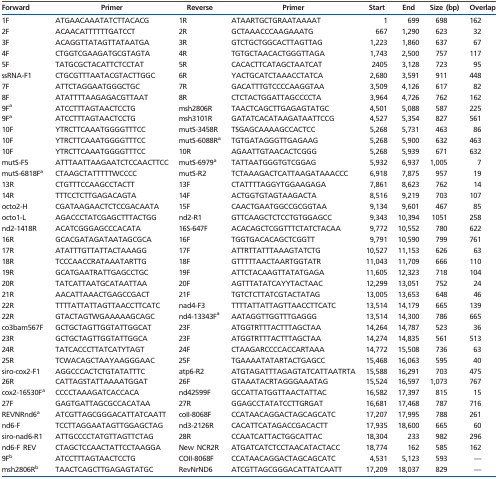
<table><thead><tr><td><b>Forward</b></td><td><b>Primer</b></td><td><b>Reverse</b></td><td><b>Primer</b></td><td><b>Start</b></td><td><b>End</b></td><td><b>Size (bp)</b></td><td><b>Overlap</b></td></tr></thead><tbody><tr><td>1F</td><td>ATGAACAAATATCTTACACG</td><td>1R</td><td>ATAARTGCTGRAATAAAAT</td><td>1</td><td>699</td><td>698</td><td>162</td></tr><tr><td>2F</td><td>ACAACATTTTTTGATCCT</td><td>2R</td><td>GCTAAACCCAAGAAATG</td><td>667</td><td>1,290</td><td>623</td><td>32</td></tr><tr><td>3F</td><td>ACAGGTTATAGTTATAATGA</td><td>3R</td><td>GTCTGCTGGCACTTAGTTAG</td><td>1,223</td><td>1,860</td><td>637</td><td>67</td></tr><tr><td>4F</td><td>CTGGTCGAAGATGCGTAGTA</td><td>4R</td><td>TGTGCTAACACTGGGTTAGA</td><td>1,743</td><td>2,500</td><td>757</td><td>117</td></tr><tr><td>5F</td><td>TATGCGCTACATTCTCCTAT</td><td>5R</td><td>CACACTTCATAGCTAATCAT</td><td>2405</td><td>3,128</td><td>723</td><td>95</td></tr><tr><td>ssRNA-F1</td><td>CTGCGTTTAATACGTACTTGGC</td><td>6R</td><td>YACTGCATCTAAACCTATCA</td><td>2,680</td><td>3,591</td><td>911</td><td>448</td></tr><tr><td>7F</td><td>ATTCTAGGAATGGGCTGC</td><td>7R</td><td>GACATTTGTCCCCAAGGTAA</td><td>3,509</td><td>4,126</td><td>617</td><td>82</td></tr><tr><td>8F</td><td>ATATTTTAAGAGACGTTAAT</td><td>8R</td><td>CTCTACTGGATTAGCCCCTA</td><td>3,964</td><td>4,726</td><td>762</td><td>162</td></tr><tr><td>9F<sup>a</sup></td><td>ATCCTTTAGTAACTCCTG</td><td>msh2806R</td><td>TAACTCAGCTTGAGAGTATGC</td><td>4,501</td><td>5,088</td><td>587</td><td>225</td></tr><tr><td>9F<sup>a</sup></td><td>ATCCTTTAGTAACTCCTG</td><td>msh3101R</td><td>GATATCACATAAGATAATTCCG</td><td>4,527</td><td>5,354</td><td>827</td><td>561</td></tr><tr><td>10F</td><td>YTRCTTCAAATGGGGTTTCC</td><td>mutS-3458R</td><td>TSGAGCAAAAGCCACTCC</td><td>5,268</td><td>5,731</td><td>463</td><td>86</td></tr><tr><td>10F</td><td>YTRCTTCAAATGGGGTTTCC</td><td>mutS-6088R<sup>a</sup></td><td>TGTGATAGGGTTGAGAAG</td><td>5,268</td><td>5,900</td><td>632</td><td>463</td></tr><tr><td>10F</td><td>YTRCTTCAAATGGGGTTTCC</td><td>10R</td><td>AGAATTGTAACACTCGGG</td><td>5,268</td><td>5,939</td><td>671</td><td>632</td></tr><tr><td>mutS-F5</td><td>ATTTAATTAAGAATCTCCAACTTCC</td><td>mutS-6979<sup>a</sup></td><td>TATTAATGGGTGTCGGAG</td><td>5,932</td><td>6,937</td><td>1,005</td><td>7</td></tr><tr><td>mutS-6818F<sup>a</sup></td><td>CTAAGCTATTTTTWCCCC</td><td>mutS-R2</td><td>TCTAAAGACTCATTAAGATAAACCC</td><td>6,918</td><td>7,875</td><td>957</td><td>19</td></tr><tr><td>13R</td><td>CTGTTTCCAAGCCTACTT</td><td>13F</td><td>CTATTTTAGGYTGGAAGAGA</td><td>7,861</td><td>8,623</td><td>762</td><td>14</td></tr><tr><td>14R</td><td>TTTCCTCTTGAGACAGTA</td><td>14F</td><td>ACTGGTGTAGTAAGACTA</td><td>8,516</td><td>9,219</td><td>703</td><td>107</td></tr><tr><td>octo2-H</td><td>CGATAAGAACTCTCCGACAATA</td><td>15F</td><td>CAACTGAATGGCCGCGGTAA</td><td>9,134</td><td>9,601</td><td>467</td><td>85</td></tr><tr><td>octo1-L</td><td>AGACCCTATCGAGCTTTACTGG</td><td>nd2-R1</td><td>GTTCAAGCTCTCCTGTGGAGCC</td><td>9,343</td><td>10,394</td><td>1051</td><td>258</td></tr><tr><td>nd2-1418R</td><td>ACATCGGGAGCCCACATA</td><td>16S-647F</td><td>ACACAGCTCGGTTTCTATCTACAA</td><td>9,772</td><td>10,552</td><td>780</td><td>622</td></tr><tr><td>16R</td><td>GCACGATAGATAATAGCGCA</td><td>16F</td><td>TGGTGACACAGCTCGGTT</td><td>9,791</td><td>10,590</td><td>799</td><td>761</td></tr><tr><td>17R</td><td>ATATTTGTTATTACTAAAGG</td><td>17F</td><td>ATTRTTATTTAAAGTATCTG</td><td>10,527</td><td>11,153</td><td>626</td><td>63</td></tr><tr><td>18R</td><td>TCCCAACCRATAAATARTTG</td><td>18F</td><td>GTTTTTAACTAARTGGTATR</td><td>11,043</td><td>11,709</td><td>666</td><td>110</td></tr><tr><td>19R</td><td>GCATGAATRATTGAGCCTGC</td><td>19F</td><td>ATTCTACAAGTTATATGAGA</td><td>11,605</td><td>12,323</td><td>718</td><td>104</td></tr><tr><td>20R</td><td>TATCATTAATGCATAATTAA</td><td>20F</td><td>AGTTTATATCAYYTACTAAC</td><td>12,299</td><td>13,051</td><td>752</td><td>24</td></tr><tr><td>21R</td><td>AACATTAAACTGAGCCGACT</td><td>21F</td><td>TGTCTCTTATCGTACTATAG</td><td>13,005</td><td>13,653</td><td>648</td><td>46</td></tr><tr><td>22R</td><td>TTTTATTATTAGTTAACCTTCATC</td><td>nad4-F3</td><td>TTTTATTATTAGTTAACCTTCATC</td><td>13,514</td><td>14,179</td><td>665</td><td>139</td></tr><tr><td>22R</td><td>GTACTAGTWGAAAAAGCAGC</td><td>nd4-13343F<sup>a</sup></td><td>AATAGGTTGGTTTGAGGG</td><td>13,514</td><td>14,300</td><td>786</td><td>665</td></tr><tr><td>co3bam567F</td><td>GCTGCTAGTTGGTATTGGCAT</td><td>23F</td><td>ATGGTRTTTACTTTAGCTAA</td><td>14,264</td><td>14,787</td><td>523</td><td>36</td></tr><tr><td>23R</td><td>GCTGCTAGTTGGTATTGGCA</td><td>23F</td><td>ATGGTRTTTACTTTAGCTAA</td><td>14,274</td><td>14,835</td><td>561</td><td>513</td></tr><tr><td>24R</td><td>TATCACCCTTATCATYTAGT</td><td>24F</td><td>CTAAGARCCCCACCARTAAA</td><td>14,772</td><td>15,508</td><td>736</td><td>63</td></tr><tr><td>25R</td><td>TCWACAGCTAAYAAGGGAAC</td><td>25F</td><td>TGAAAATATARTACTGAGCC</td><td>15,468</td><td>16,063</td><td>595</td><td>40</td></tr><tr><td>siro-cox2-F1</td><td>AGGCCCACTCTGTATATTTC</td><td>atp6-R2</td><td>ATGTAGATTTAGAGTATCATTAATRTA</td><td>15,588</td><td>16,291</td><td>703</td><td>475</td></tr><tr><td>26R</td><td>CATTAGSTATTAAAATGGAT</td><td>26F</td><td>GTAAATACRTAGGGAAATAG</td><td>15,524</td><td>16,597</td><td>1,073</td><td>767</td></tr><tr><td>cox2-16530F<sup>a</sup></td><td>CCCCTAAAGATCACCACA</td><td>nd42599F</td><td>GCCATTATGGTTAACTATTAC</td><td>16,582</td><td>17,397</td><td>815</td><td>15</td></tr><tr><td>27F</td><td>GAGTGATTAGCGCCACATAA</td><td>27R</td><td>GGAGCCTATATCCTTGRGAT</td><td>16,681</td><td>17,468</td><td>787</td><td>716</td></tr><tr><td>REVNRnd6<sup>a</sup></td><td>ATCGTTAGCGGGACATTATCAATT</td><td>coII-8068F</td><td>CCATAACAGGACTAGCAGCATC</td><td>17,207</td><td>17,995</td><td>788</td><td>261</td></tr><tr><td>nd6-F</td><td>TCCTTAGGAATAGTTGGAGCTAG</td><td>nd3-2126R</td><td>CACATTCATAGACCGACACTT</td><td>17,935</td><td>18,600</td><td>665</td><td>60</td></tr><tr><td>siro-nad6-R1</td><td>ATTGCCCCTATGTTAGTTCTAG</td><td>28R</td><td>CCAATCATTACTGGCATTAC</td><td>18,304</td><td>233</td><td>982</td><td>296</td></tr><tr><td>nd6-F REV</td><td>CTAGCTCCAACTATTCCTAAGGA</td><td>New NCR2R</td><td>ATGATCATCTCCTAACATACTACC</td><td>18,774</td><td>162</td><td>585</td><td>162</td></tr><tr><td>9F<sup>b</sup></td><td>ATCCTTTAGTAACTCCTG</td><td>COII-8068F</td><td>CCATAACAGGACTAGCAGCATC</td><td>4,531</td><td>5,123</td><td>593</td><td>—</td></tr><tr><td>msh2806R<sup>b</sup></td><td>TAACTCAGCTTGAGAGTATGC</td><td>RevNrND6</td><td>ATCGTTAGCGGGACATTATCAATT</td><td>17,209</td><td>18,037</td><td>829</td><td>—</td></tr></tbody></table>